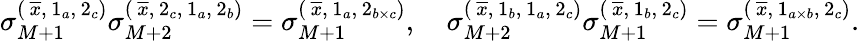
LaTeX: \sigma_{M+1}^{(\, \overline{x},\, 1_{a},\, 2_{c})}\sigma_{M+2}^{(\, \overline{x},\, 2_{c},\, 1_{a},\, 2_{b})}=\sigma_{M+1}^{(\, \overline{x},\, 1_{a},\, 2_{b\times c})},\quad\sigma_{M+2}^{(\, \overline{x},\, 1_{b},\, 1_{a},\, 2_{c})}\sigma_{M+1}^{(\, \overline{x},\, 1_{b},\, 2_{c})}=\sigma_{M+1}^{(\, \overline{x},\, 1_{a\times b},\, 2_{c})}.